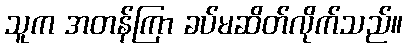
သူက အတန်ကြာ ခပ်မဆိတ်လိုက်သည်။